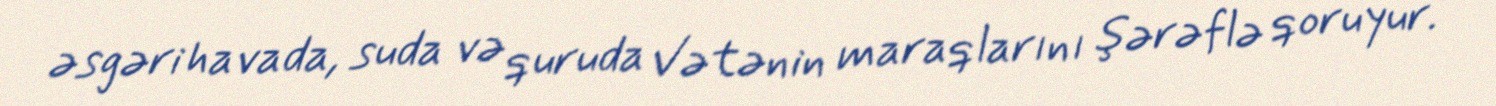
əsgəri havada, suda və quruda Vətənin maraqlarını şərəflə qoruyur.